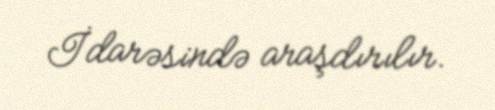
İdarəsində araşdırılır.